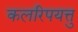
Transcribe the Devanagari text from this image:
कलरिपयत्तु